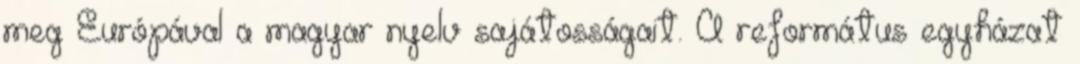
meg Európával a magyar nyelv sajátosságait. A református egyházat